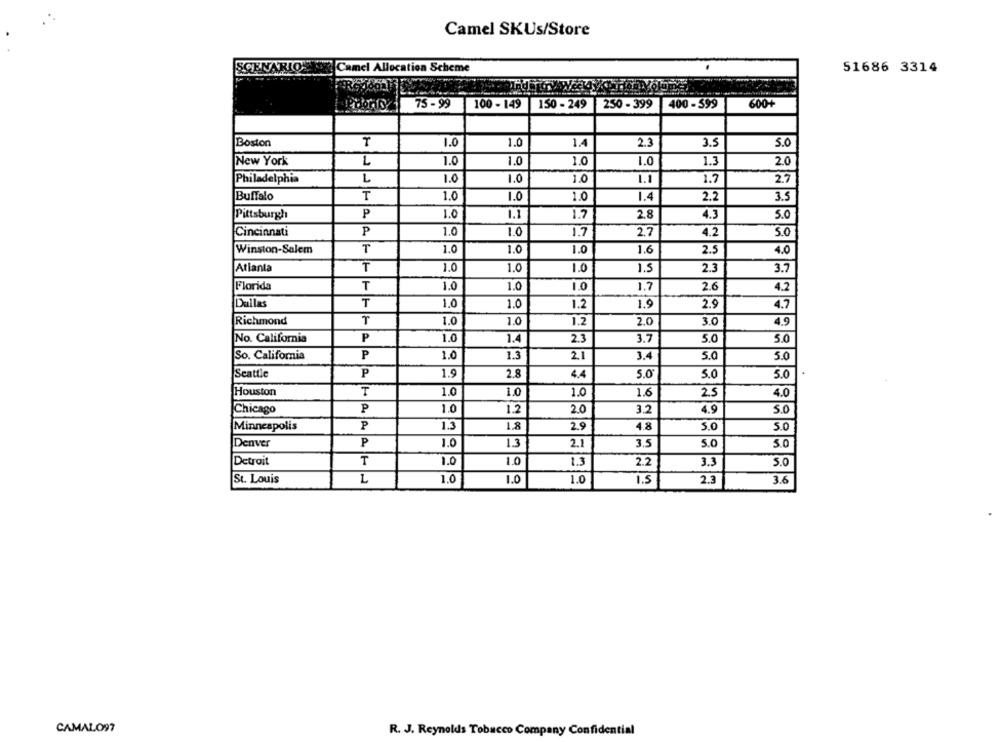
Camel SKUs/Store
SCENARIOSIE
Camel Allocation Scheme
51686 3314
75-99
100 - 149 150- 249 250 - 399 400-599
600+
T
2.3
Boston
1.0
1.0
1.4
3.5
5.0
New York
L
1.0
1.0
1.0
1.0
1.3
2.0
1.0
1.1
1.7
2.7
Philadelphia
L
1.0
1.0
Buffalo
T
1.0
1.0
1.0
1.4
2.2
3.5
Pittsburgh
P
1.0
1.1
1.7
2.8
4.3
5.0
Cincinnati
1.0
1.0
P
1.7
2.7
4.2
5.0
Winston-Salem
T
1.0
1.0
1.0
1.6
2.5
4.0
Atlanta
1.0
1.0
1.0
2.3
₸
1.5
3.7
Florida
T
1.0
1.0
1.0
1.7
2.6
4.2
Dallas
T
1.0
1.0
1.2
1.9
2.9
4.7
Richmond
1.0
1.0
1.2
2.0
3.0
4.9
No. California
P
1.0
1.4
2.3
3.7
5.0
5.0
So. California
P
1.0
1.3
2.1
3.4
5.0
5.0
1.9
Seattle
P
2.8
4.4
5.0
5.0
5.0
Houston
T
1.0
1.0
1.0
1.6
25
4.0
1.0
1.2
3.2
4.9
5.0
Chicago
P
2.0
Minneapolis
P
1.3
18
2.9
4.8
5.0
5.0
Denver
P
1.0
2.1
3.5
5.0
5.0
T
1.0
10
2.2
3.3
Detroit
1.3
S.O
St. Louis
L
1.0
1.0
1.0
1.5
2.3
3.6
CAMALO97
R. J. Reynolds Tobacco Company Confidential